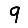
Digit: 9